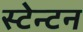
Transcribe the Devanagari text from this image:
स्टेन्टन